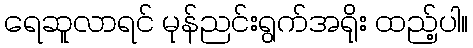
ရေဆူလာရင် မုန်ညင်းရွက်အရိုး ထည့်ပါ။